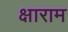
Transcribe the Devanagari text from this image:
क्षाराम